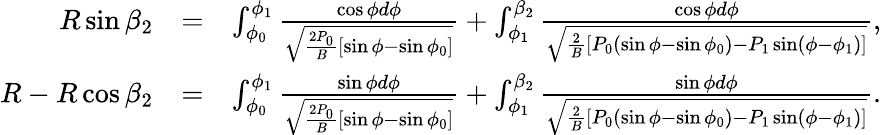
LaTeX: \begin{array}{rlr}{R\sin\beta_{2}}&{=}&{\int_{\phi_{0}}^{\phi_{1}}\frac{\cos\phi d\phi}{\sqrt{\frac{2P_{0}}{B}[\sin\phi-\sin\phi_{0}]}}+\int_{\phi_{1}}^{\beta_{2}}\frac{\cos\phi d\phi}{\sqrt{\frac{2}{B}[P_{0}(\sin\phi-\sin\phi_{0})-P_{1}\sin(\phi-\phi_{1})]}},}\\ {R-R\cos\beta_{2}}&{=}&{\int_{\phi_{0}}^{\phi_{1}}\frac{\sin\phi d\phi}{\sqrt{\frac{2P_{0}}{B}[\sin\phi-\sin\phi_{0}]}}+\int_{\phi_{1}}^{\beta_{2}}\frac{\sin\phi d\phi}{\sqrt{\frac{2}{B}[P_{0}(\sin\phi-\sin\phi_{0})-P_{1}\sin(\phi-\phi_{1})]}}.}\end{array}